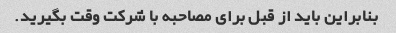
بنابراین باید از قبل برای مصاحبه با شرکت وقت بگیرید.